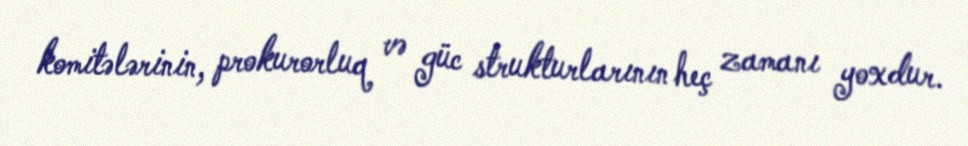
komitələrinin, prokurorluq və güc strukturlarının heç zamanı yoxdur.